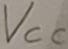
Text: VCC